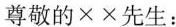
尊敬的××先生：